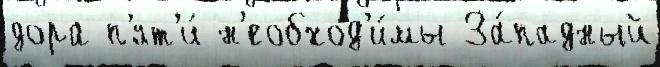
дора п'ят'и́ н'еобход'и́мы За́падный